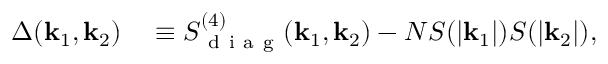
\begin{array} { r l } { \Delta ( \mathbf { k } _ { 1 } , \mathbf { k } _ { 2 } ) } & { { } \equiv S _ { \mathrm { ~ d ~ i ~ a ~ g ~ } } ^ { ( 4 ) } ( \mathbf { k } _ { 1 } , \mathbf { k } _ { 2 } ) - N S ( | \mathbf { k } _ { 1 } | ) S ( | \mathbf { k } _ { 2 } | ) , } \end{array}